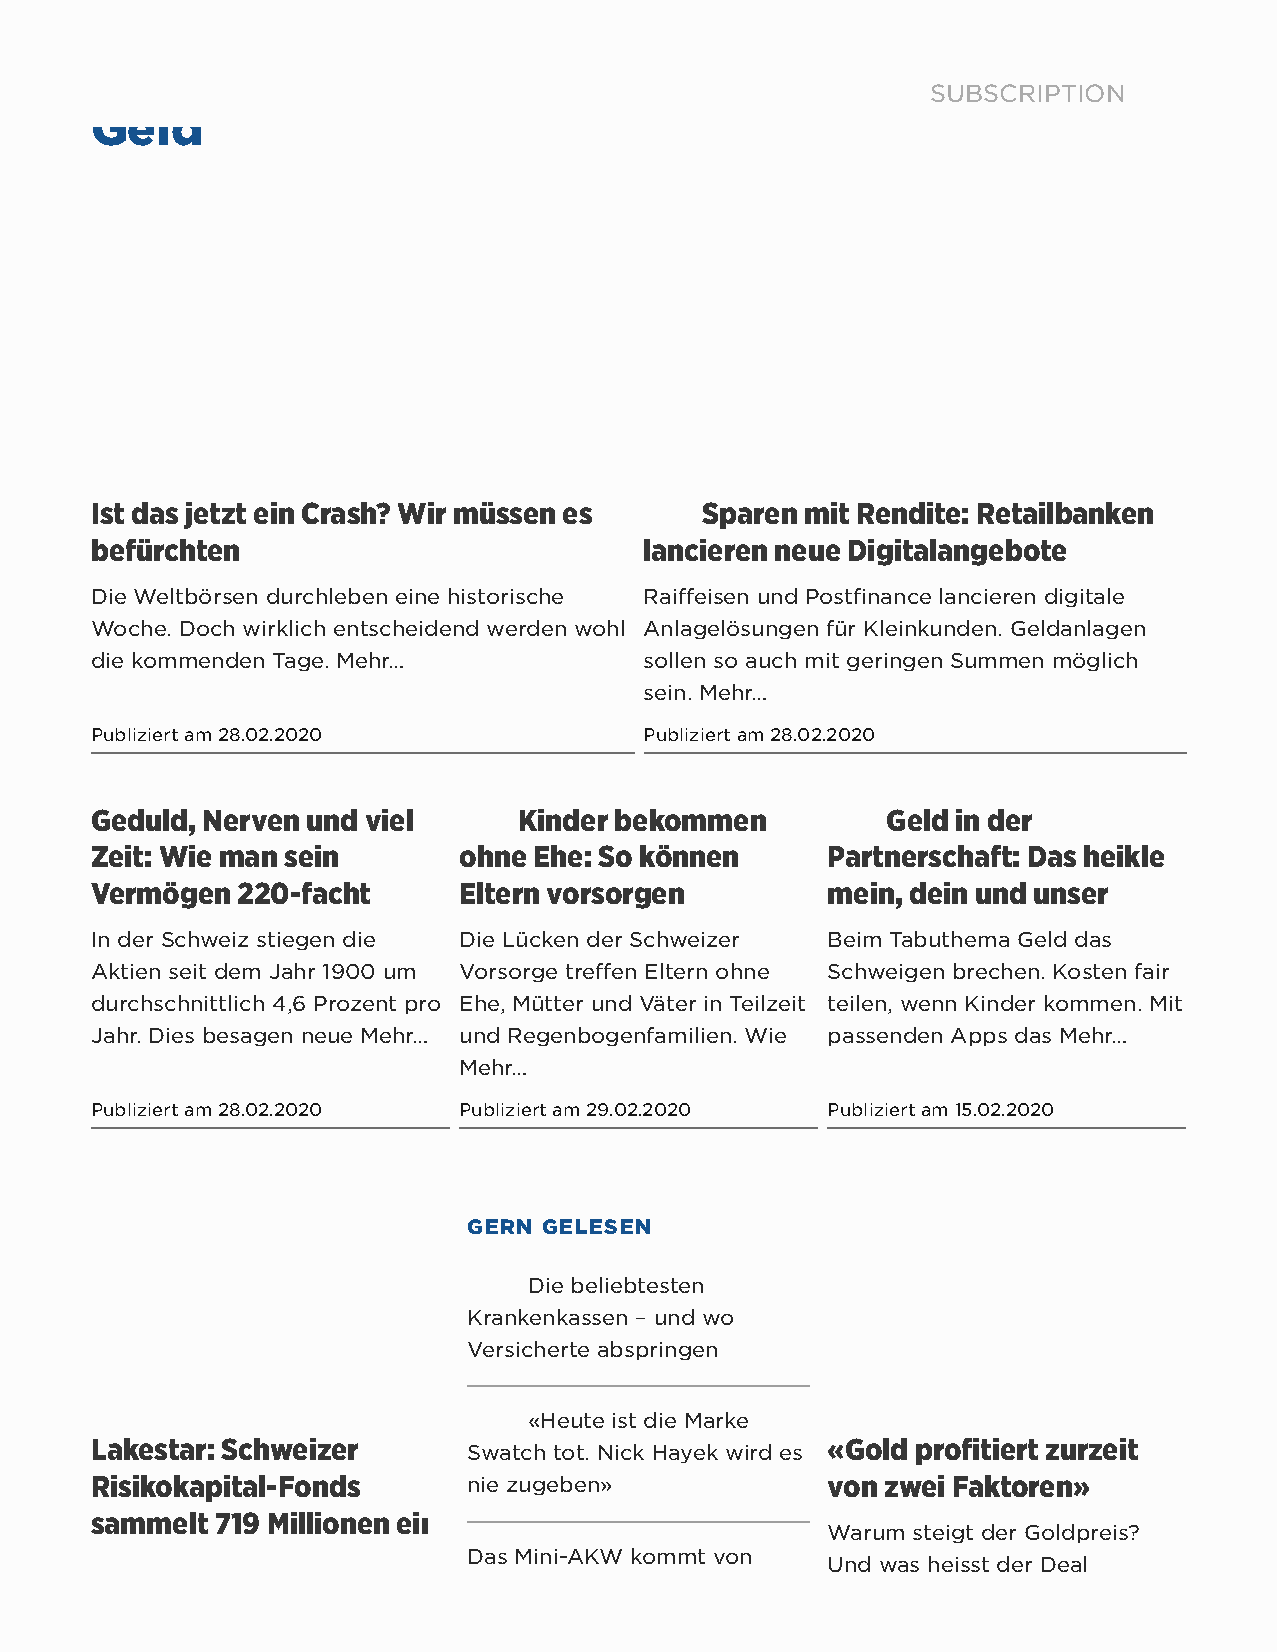
SUBSCRIPTION
 Geld
 Ist das jetzt ein Crash? Wir müssen es  Sparen mit Rendite: Retailbanken
 befürchten                           lancieren neue Digitalangebote
 Die Weltbörsen durchleben eine historische Raiffeisen und Postfinance lancieren digitale
 Woche. Doch wirklich entscheidend werden wohl Anlagelösungen für Kleinkunden. Geldanlagen
 die kommenden Tage. Mehr…            sollen so auch mit geringen Summen möglich
 sein. Mehr…
 Publiziert am 28.02.2020             Publiziert am 28.02.2020
 Geduld, Nerven und viel     Kinder bekommen          Geld in der
 Zeit: Wie man sein      ohne Ehe: So können      Partnerschaft: Das heikle
 Vermögen  220-facht     Eltern vorsorgen         mein, dein und unser
 In der Schweiz stiegen die Die Lücken der Schweizer Beim Tabuthema Geld das
 Aktien seit dem Jahr 1900 um Vorsorge treffen Eltern ohne Schweigen brechen. Kosten fair
 durchschnittlich 4,6 Prozent pro Ehe, Mütter und Väter in Teilzeit teilen, wenn Kinder kommen. Mit
 Jahr. Dies besagen neue Mehr… und Regenbogenfamilien. Wie passenden Apps das Mehr…
 Mehr…
 Publiziert am 28.02.2020 Publiziert am 29.02.2020 Publiziert am 15.02.2020
 GERN GELESEN
 Die beliebtesten
 Krankenkassen – und wo
 Versicherte abspringen
 «Heute ist die Marke
 Lakestar: Schweizer                              «Gold profitiert zurzeit
 Swatch tot. Nick Hayek wird es
 Risikokapital-Fonds      nie zugeben»            von zwei Faktoren»
 sammelt 719 Millionen ein
 Warum steigt der Goldpreis?
 Das Mini-AKW kommt von
 Und was heisst der Deal